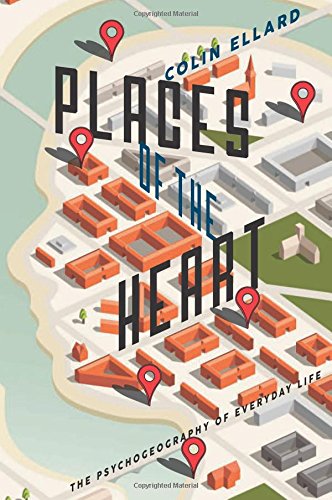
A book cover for Places of the Heart: The Psychogeography of Everyday Life; Colin Ellard; Medical Books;